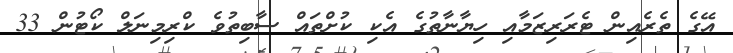
އޭގެ ތެރެއިން ޓެރަރިޒަމާއި ހިޔާނާތުގެ އެކި ކުށްތައް ސާބިތުވެ ކްރިމިނަލް ކޯޓުން 33